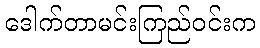
ဒေါက်တာမင်းကြည်ဝင်းက